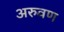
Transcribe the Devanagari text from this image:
अरुवण